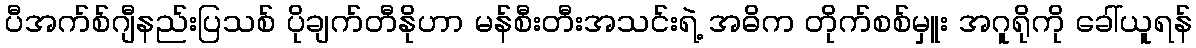
ပီအက်စ်ဂျီနည်းပြသစ် ပိုချက်တီနိုဟာ မန်စီးတီးအသင်းရဲ့ အဓိက တိုက်စစ်မှူး အဂူရိုကို ခေါ်ယူရန်